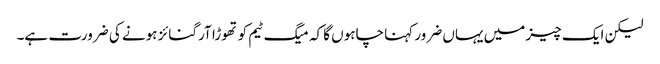
لیکن ایک چیز میں یہاں ضرور کہنا چاہوں گا کہ میگ ٹیم کو تھوڑا آرگنائز ہونے کی ضرورت ہے۔